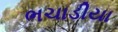
ભચાડીયા